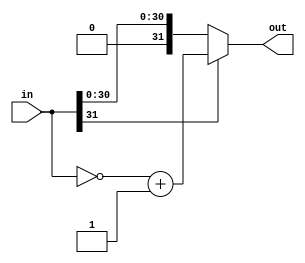
module Complement_O
(
	input [31:0] in,
	output reg[31:0] out
);

always @(in)

	if (in[31]==0)
		out = in;
	else
		out = ~in + 1'b1;

endmodule